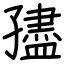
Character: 孻